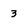
Character: 3